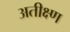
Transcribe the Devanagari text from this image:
अतीक्ष्ण